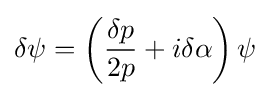
\delta \psi =\left({\frac {\delta p}{2p}}+i\delta \alpha \right)\psi